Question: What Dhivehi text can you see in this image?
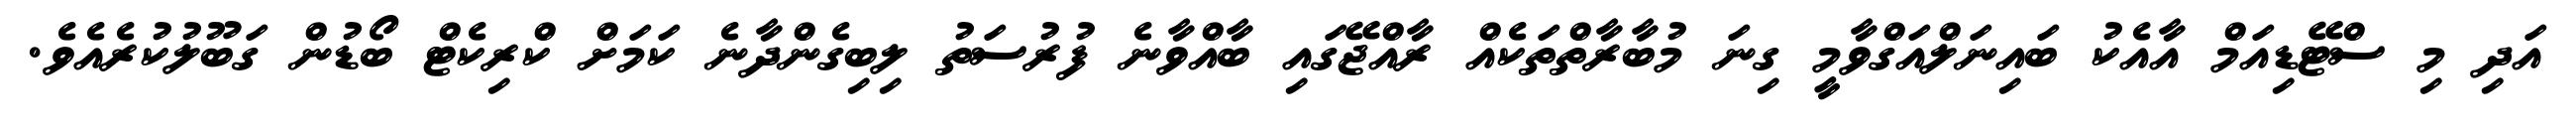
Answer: އަދި މި ސްޓޭޑިއަމް އާއެކު ބައިނަލްއަގްވާމީ ގިނަ މުބާރާތްތަކެއް ރާއްޖޭގައި ބާއްވާނެ ފުރުސަތު ލިބިގެންދާނެ ކަމަށް ކްރިކެޓް ބޯޑުން ގަބޫލުކުރެއެވެ.